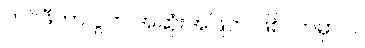
ဘင်ဖီကာ ပွဲက အဆုံးအဖြတ် ဖြစ်လာမှာပါ။